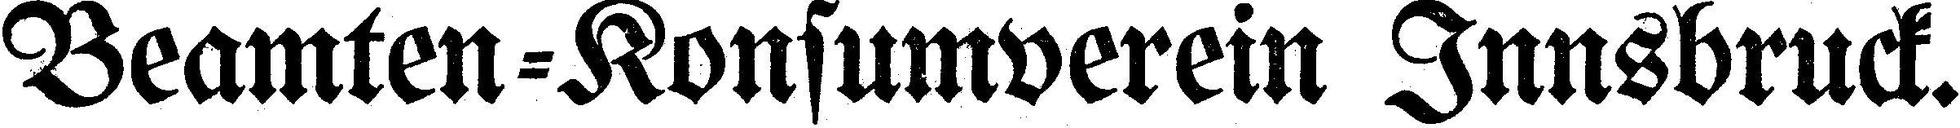
Beamten=Konsumverein Innsbruck.